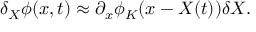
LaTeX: \delta _ { X } \phi ( x , t ) \approx \partial _ { x } \phi _ { K } ( x - X ( t ) ) \delta X .